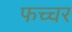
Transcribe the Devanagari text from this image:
फच्चर